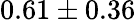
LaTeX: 0.61\pm 0.36